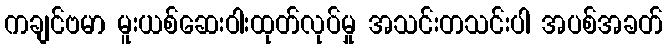
ကချင်ဗမာ မူးယစ်ဆေးဝါးထုတ်လုပ်မှု အသင်းတသင်းပါ အပစ်အခတ်